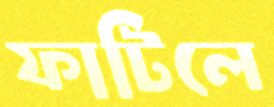
ফাটিলে